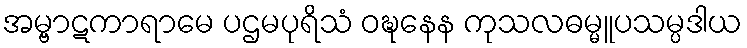
အမ္ဗာဋကာရာမေ ပဌမပုရိသံ ဝဍ္ဎနေန ကုသလဓမ္မူပသမ္ပဒါယ